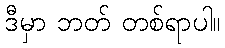
ဒီမှာ ဘတ် တစ်ရာပါ။